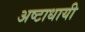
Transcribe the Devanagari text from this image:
अष्‍टाधायी